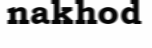
nakhod